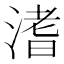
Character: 𣹡